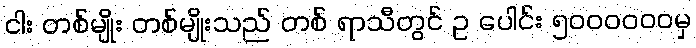
ငါး တစ်မျိုး တစ်မျိုးသည် တစ် ရာသီတွင် ဥ ပေါင်း ၅၀၀၀၀၀၀မှ